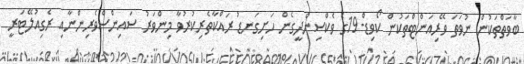
ބާވަތްތަކުން ނުވަތަ ވޭރިއަންޓްތަކުން ކޯވިޑް-19ގެ ވެކްސިންދީގެން ހަށިގަނޑު ރައްކާތެރިކުރުވާ މިންވަރު ސައިންސްވެރިންނާއި ރެގިއުލޭޓަރީ